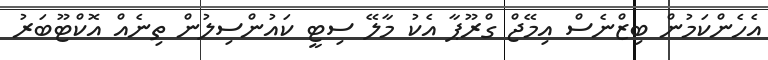
އެހެންކަމުން ބިޒްނެސް އިމޭޖް ގްރޫޕާ އެކު މާލޭ ސިޓީ ކައުންސިލުން ތިނެއް އޮކްޓޫބަރު